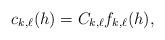
LaTeX: \begin{align*} c_{k,\ell}(h) = C_{k,\ell} f_{k,\ell}(h),\end{align*}